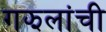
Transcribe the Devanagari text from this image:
गझलांची